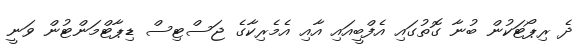
ދެ ރިޕޯޓަކުން ބުނާ ގޮތުގައި އެފްބީއައި އާއި އެެމެރިކާގެ ޖަސްޓިސް ޑިޕާޓްމަންޓުން ވަނީ